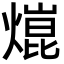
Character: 熴